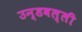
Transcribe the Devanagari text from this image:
उन्डवल्ली